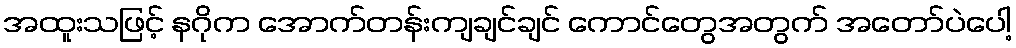
အထူးသဖြင့် နဂိုက အောက်တန်းကျချင်ချင် ကောင်တွေအတွက် အတော်ပဲပေါ့